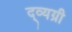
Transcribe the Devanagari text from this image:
द्व्यग्री